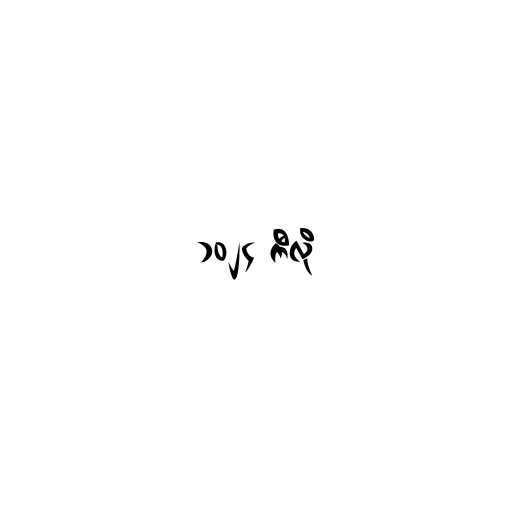
၁၀၂၄ ကီလို